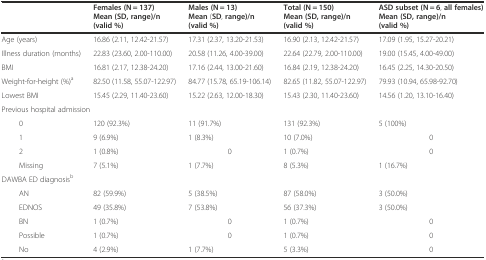
<table><thead><tr><td></td><td><b>Females(N = 137)Mean(SD,range)/n(valid %)</b></td><td><b>Males(N = 13)Mean (SD, range)/n(valid %)</b></td><td><b>Total(N = 150)Mean(SD,range)/n(valid %)</b></td><td><b>ASD subset(N = 6, all females)Mean(SD,range)/n(valid %)</b></td></tr></thead><tbody><tr><td>Age (years)</td><td>16.86 (2.11, 12.42-21.57)</td><td>17.31 (2.37, 13.20-21.53)</td><td>16.90 (2.13, 12.42-21.57)</td><td>17.09 (1.95, 15.27-20.21)</td></tr><tr><td>Illness duration (months)</td><td>22.83 (23.60, 2.00-110.00)</td><td>20.58 (11.26, 4.00-39.00)</td><td>22.64 (22.79, 2.00-110.00)</td><td>19.00 (15.45, 4.00-49.00)</td></tr><tr><td>BMI</td><td>16.81 (2.17, 12.38-24.20)</td><td>17.16 (2.44, 13.00-21.60)</td><td>16.84 (2.19, 12.38-24.20)</td><td>16.45 (2.25, 14.30-20.50)</td></tr><tr><td>Weight-for-height (%)<sup>a</sup></td><td>82.50 (11.58, 55.07-122.97)</td><td>84.77 (15.78, 65.19-106.14)</td><td>82.65 (11.82, 55.07-122.97)</td><td>79.93 (10.94, 65.98-92.70)</td></tr><tr><td>Lowest BMI</td><td>15.45 (2.29, 11.40-23.60)</td><td>15.22 (2.63, 12.00-18.30)</td><td>15.43 (2.30, 11.40-23.60)</td><td>14.56 (1.20, 13.10-16.40)</td></tr><tr><td colspan="5">Previous hospital admission</td></tr><tr><td>0</td><td>120 (92.3%)</td><td>11 (91.7%)</td><td>131 (92.3%)</td><td>5 (100%)</td></tr><tr><td>1</td><td>9 (6.9%)</td><td>1 (8.3%)</td><td>10 (7.0%)</td><td>0</td></tr><tr><td>2</td><td>1 (0.8%)</td><td>0</td><td>1 (0.7%)</td><td>0</td></tr><tr><td>Missing</td><td>7 (5.1%)</td><td>1 (7.7%)</td><td>8 (5.3%)</td><td>1 (16.7%)</td></tr><tr><td colspan="5">DAWBA ED diagnosis<sup>b</sup></td></tr><tr><td>AN</td><td>82 (59.9%)</td><td>5 (38.5%)</td><td>87 (58.0%)</td><td>3 (50.0%)</td></tr><tr><td>EDNOS</td><td>49 (35.8%)</td><td>7 (53.8%)</td><td>56 (37.3%)</td><td>3 (50.0%)</td></tr><tr><td>BN</td><td>1 (0.7%)</td><td>0</td><td>1 (0.7%)</td><td>0</td></tr><tr><td>Possible</td><td>1 (0.7%)</td><td>0</td><td>1 (0.7%)</td><td>0</td></tr><tr><td>No</td><td>4 (2.9%)</td><td>1 (7.7%)</td><td>5 (3.3%)</td><td>0</td></tr></tbody></table>